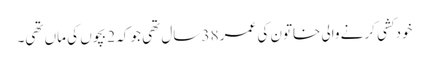
خودکشی کرنے والی خاتون کی عمر 38 سال تھی جو کہ 2 بچوں کی ماں تھی۔